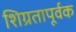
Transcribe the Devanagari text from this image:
शिग्रतापूर्वक